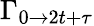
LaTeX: \Gamma_{0\rightarrow 2t+\tau}